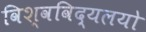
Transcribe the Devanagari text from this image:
विश्वविद्यलयो